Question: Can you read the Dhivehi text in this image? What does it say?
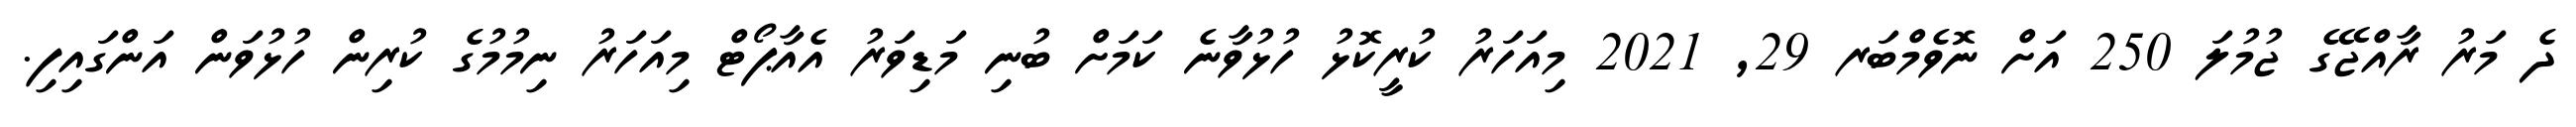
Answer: ދެ މަރު ރާއްޖޭގެ ޖުމުލަ 250 އަށް ނޮވެމްބަރ 29, 2021 މިއަހަރު ކުރީކޮޅު ހުޅުވާނެ ކަމަށް ބުނި މަޑިވަރު އެއާޕޯޓް މިއަހަރު ނިމުމުގެ ކުރިން ހުޅުވަން އަންގައިފި.